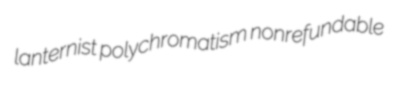
lanternist polychromatism nonrefundable